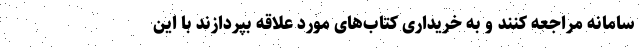
سامانه مراجعه کنند و به خریداری کتاب‌های مورد علاقه بپردازند با این